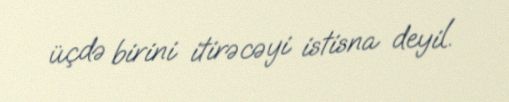
üçdə birini itirəcəyi istisna deyil.